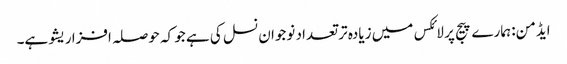
ایڈمن: ہمارے پیج پر لائکس میں زیادہ تر تعداد نوجوان نسل کی ہے جو کہ حوصلہ افزا ریشو ہے۔